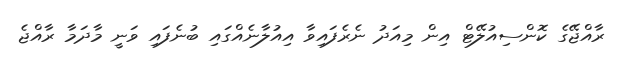
ރާއްޖޭގެ ކޮންސިއުލޭޓް އިން މިއަދު ނެރެފައިވާ އިއުލާނެއްގައި ބުނެފައި ވަނީ މާދަމާ ރާއްޖެ